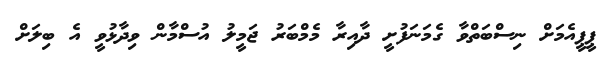
ޕީޕީއެމަށް ނިސްބަތްވާ ގެމަނަފުށީ ދާއިރާ މެމްބަރު ޖަމީލު އުސްމާން ވިދާޅުވީ އެ ބިލަށް